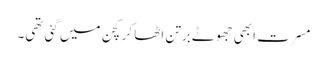
مسرت ابھی جھوٹے برتن اٹھا کر کچن میں گئی تھی۔